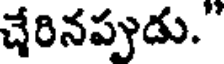
చేరినప్పుడు."